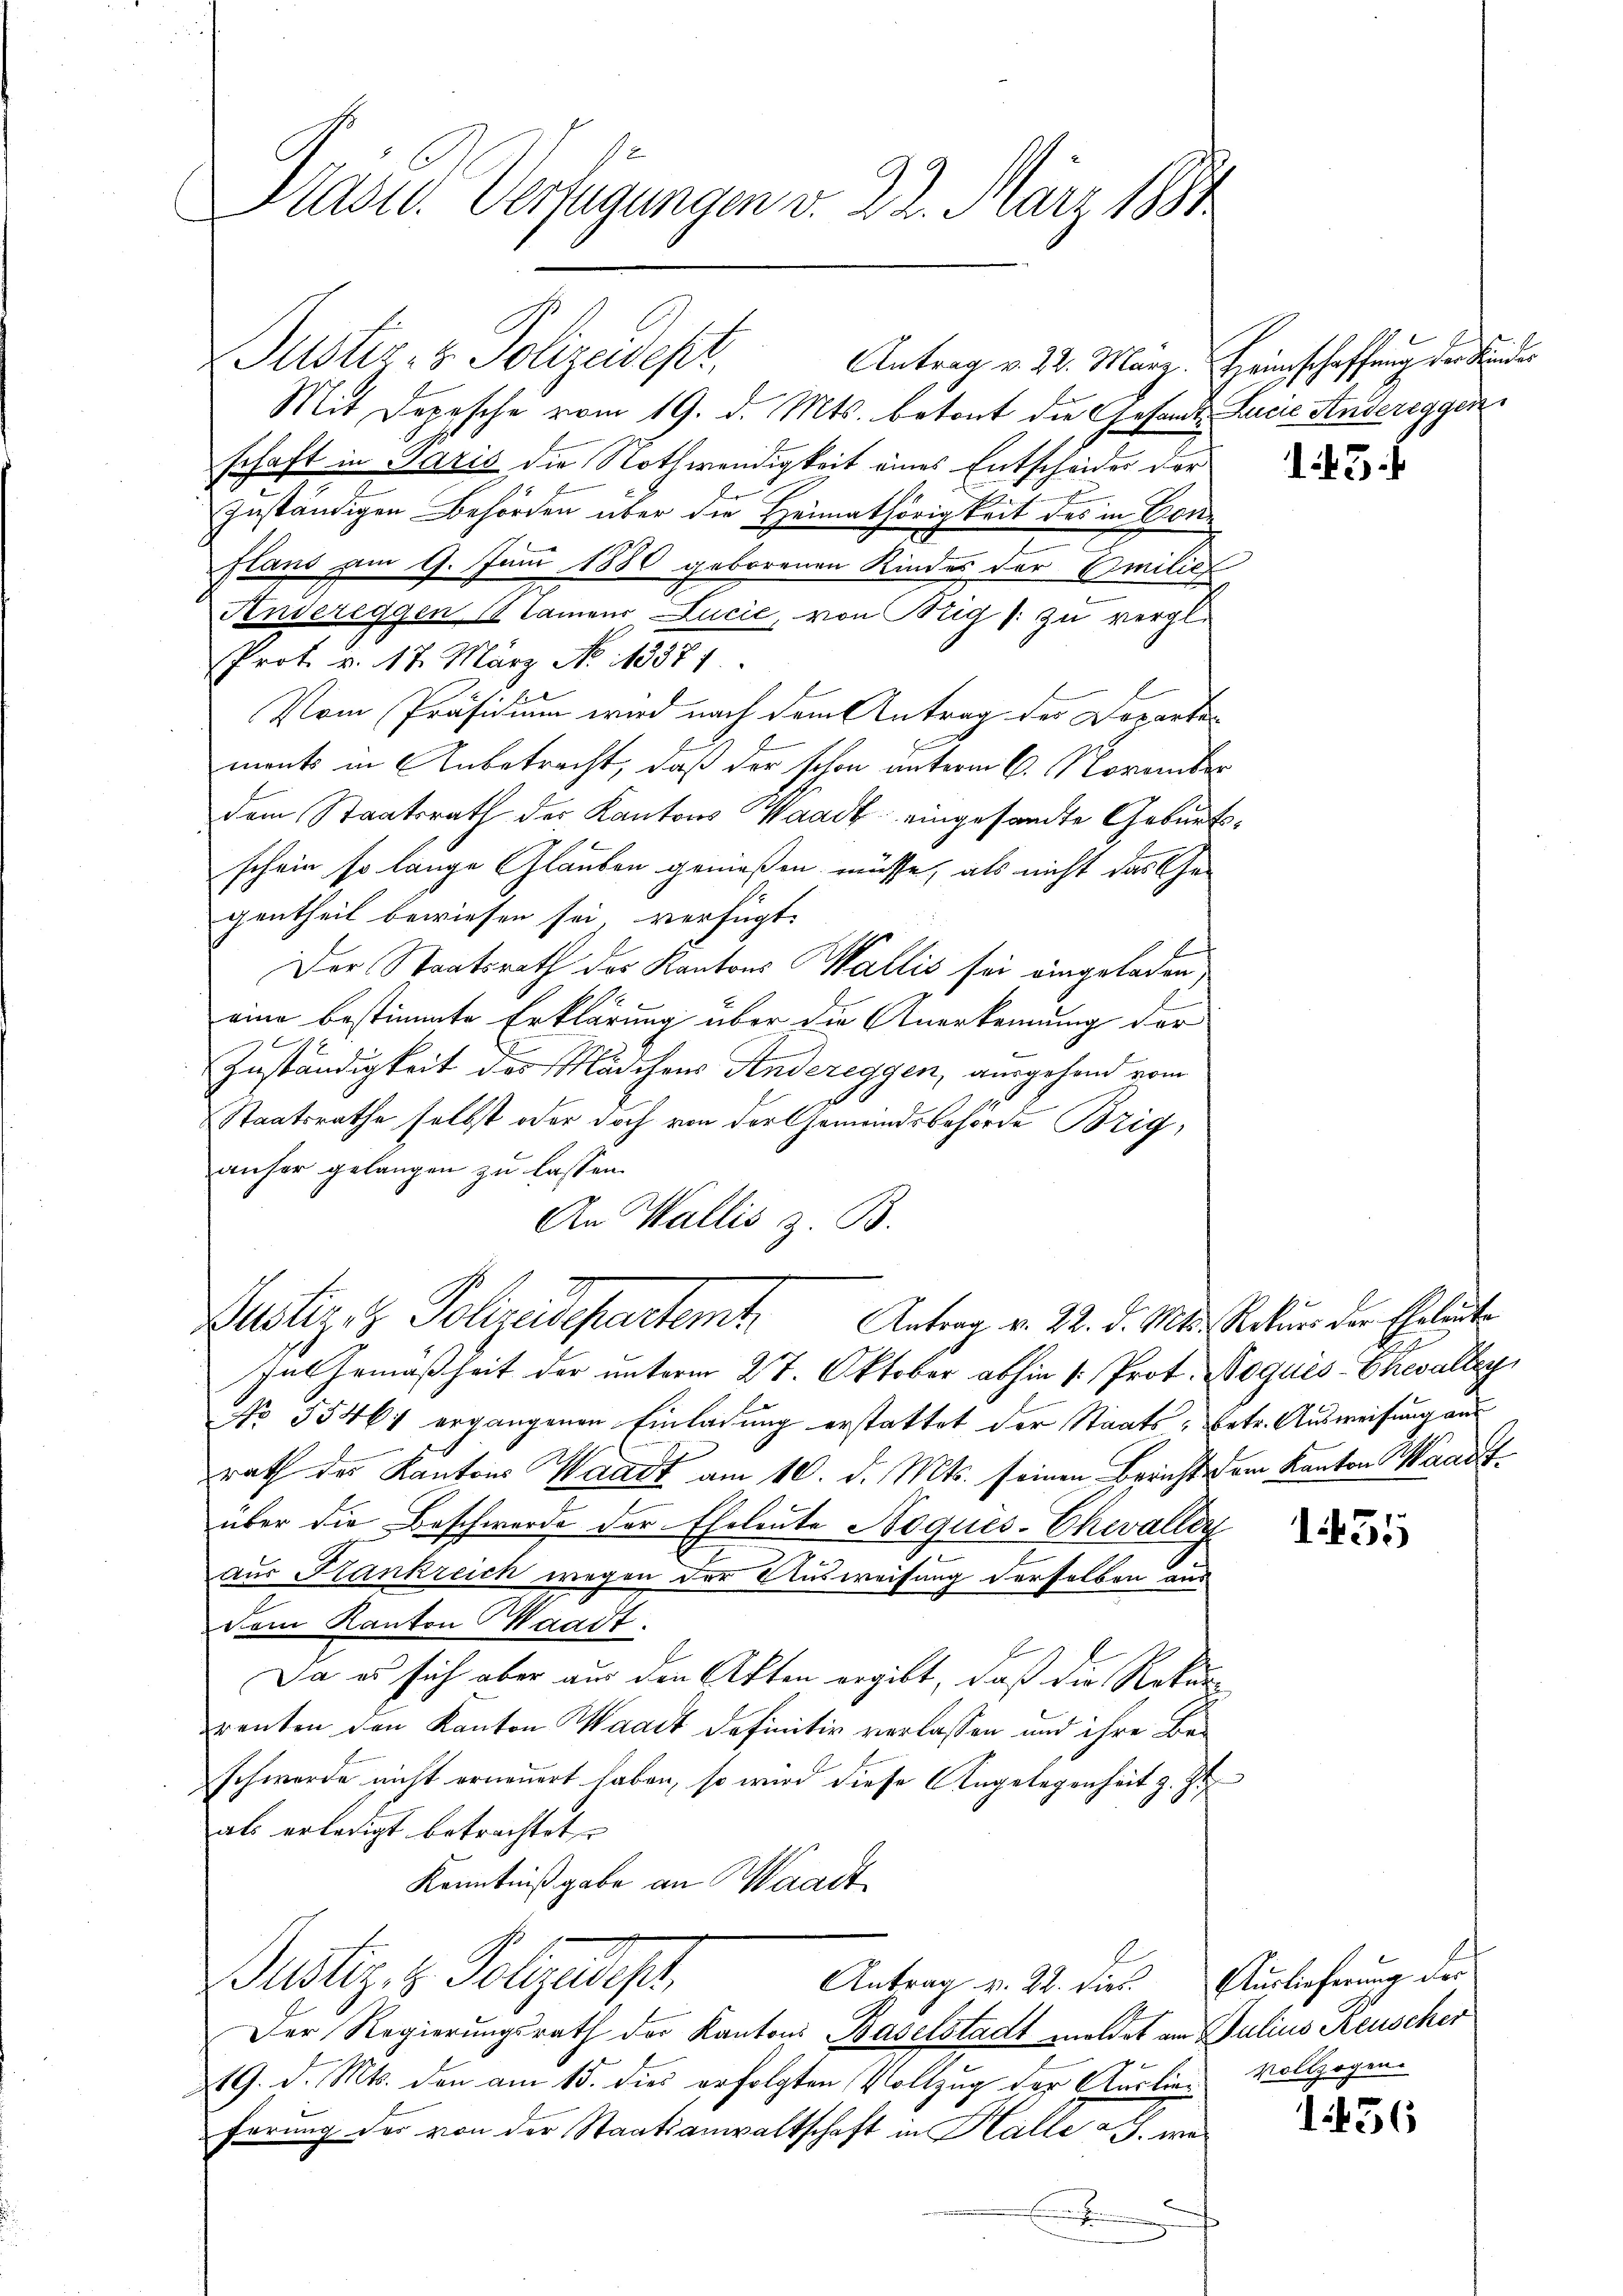
Präsid. Verfügungen v. 22. März 1884

Justiz- & Polizeidepr
Mit Depesche vom 19. d. Mts. betont die Gesandt Lucia Andereggen
schaft in Paris die Nothwendigkeit eines Entscheider der
g
zuständigen Behörden über die Heimathörigkeit des in Conx
flans am 9. Juni 1880 geborenen Kindes der Emilie
Aendereggen, (lamens Lucić, von Brig /: zu vergl.
Prot. v. 17. März No 1357.
Vom Präsidium wird nach dem Antrag der Doparte
monts in Anbetracht, daß der schon unterm 6. November
dem Staatsrath der Kantons Waadt eingesandte Geburtsschein so lange Glauben genießen müsse, als nicht das Ge-
gentheil bewiesen sei, verfügt:
Der Staatsrath des Kantons Wallis sei eingeladen,
eine bestimmte Erklärung über die Anerkennung der
Zuständigkeit des Mädchens Andereggen, ausgehend vom
Staatsrathe selbst oder doch von der Gemeindsbehörde Brig,
anher gelangen zu lassen.
An Wallis z. B.

Justiz- & Polizeidepartemt. Antrag v. 22. d. Mts. Rekurs der Eheleute

In Gemäßheit der unterm 27. Oktober abhin 1. Prot. Boqués Chevalley
No 55461 ergangenen Einladung erstattet der Staats- betr. Ausweisung aus
rath des Kantons Waadt am 10. d. Mts. seinen Berichts dem Kanton Waadt
über die Beschwerde der Eheleute Noqués-Chevaller
aus Frankreich wegen der Ausweisung derselben aus
dem Kanton Waadt.
Da es sich aber aus den Akten ergibt, daß die Rekurrenten den Kanton Waadt definitiv verlassen und ihre Beschwerde nicht erneuert haben, so wird diese Angelegenheit z. Zt
als erledigt betrachtet
Kenntnißgabe an Waadt
Justiz & Polizadept.
Antrag v. 28. dies. Auslieferung der
Der Regierungsrath der Kantons Baselstadt meldet am Julius Reuscher
19. d. Mts. den am 15. dies erfolgten Vollzug der Auslien vollzogen
ferung der von der Staatsanwaltschaft in Halle a S. we¬
E

Antrag v. 22. März. Heimschaffung der Kinder

5

1455

1456